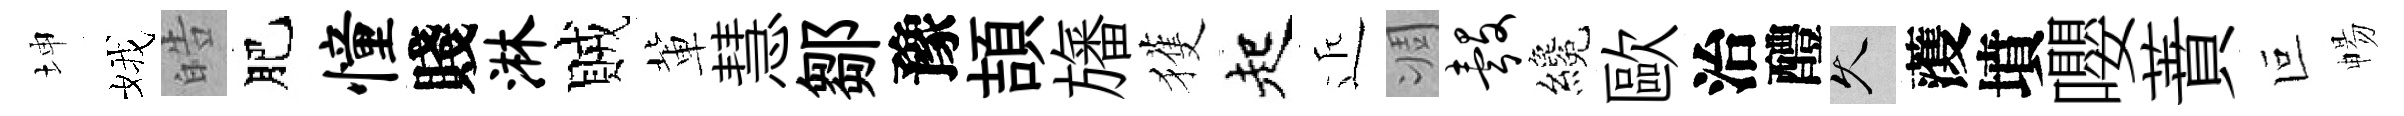
坤娥皓肥憧賤淋賊軰慧鄒豫頡旛獲起近凋彀纔歐治醴久𮑮墳嚶蕡叵暢